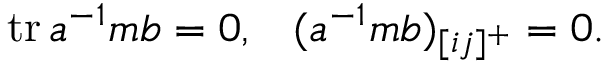
\begin{array} { l l } { { \mathrm { t r } \, a ^ { - 1 } m b = 0 , } } & { { ( a ^ { - 1 } m b ) _ { [ i j ] ^ { + } } = 0 . } } \end{array}